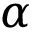
\alpha